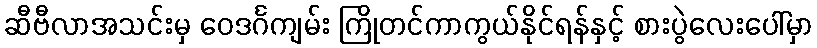
ဆီဗီလာအသင်းမှ ဝေဒင်္ဂကျမ်း ကြိုတင်ကာကွယ်နိုင်ရန်နှင့် စားပွဲလေးပေါ်မှာ